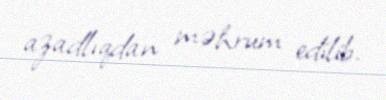
azadlıqdan məhrum edilib.